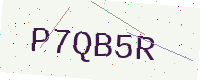
Text: P7QB5R